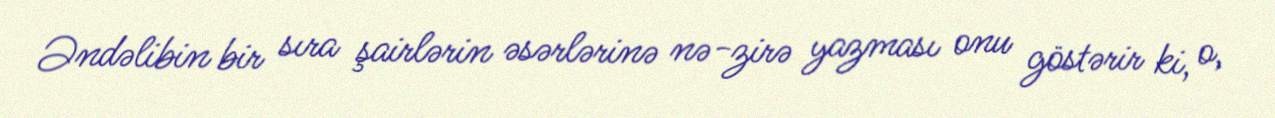
Əndəlibin bir sıra şairlərin əsərlərinə nə-zirə yazması onu göstərir ki, o,